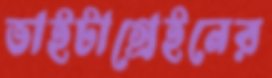
ভাইটাগ্রেইনের